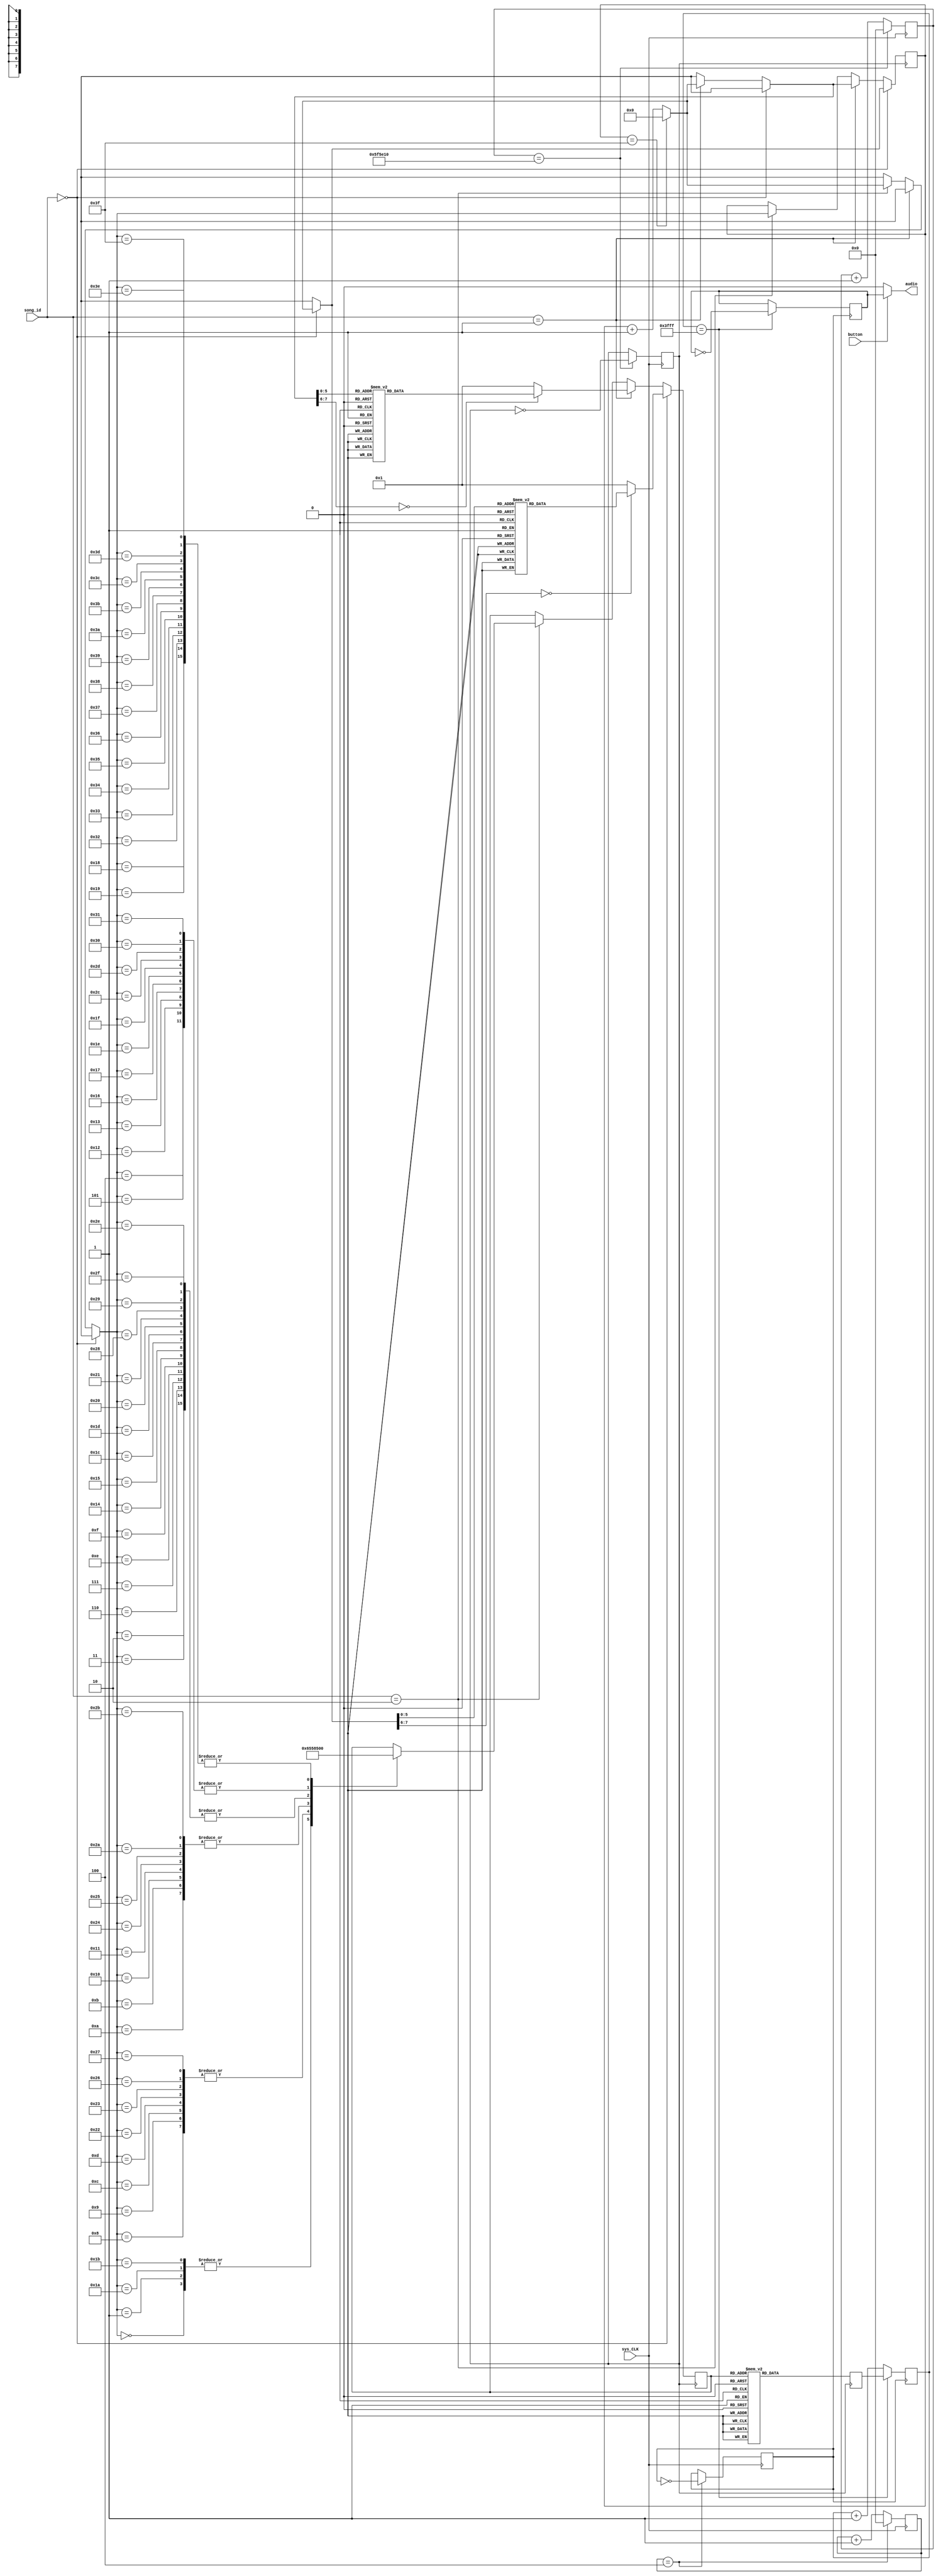
`timescale 1ns / 1ps

module songplayer ( audio , sys_CLK , button, song_id);

output    audio;
input     sys_CLK;
input     button;
input [1:0] song_id;

reg  [23:0] counter4Hz,
            counter6MHz;
reg  [13:0]  count,origin;
reg  audiof;

reg  clk_6MHz,
     clk_4Hz;

reg  [4:0]  j;
reg  [7:0]  len;


assign audio= button? audiof : 1'b0 ;  //

always @(posedge sys_CLK)              //6MHz
begin
    if(counter6MHz==4)
    begin
        counter6MHz=0;
        clk_6MHz=~clk_6MHz;
    end
    else
    begin
        counter6MHz=counter6MHz+1;
    end
end

always @(posedge sys_CLK)                 //4Hz
begin
    if(counter4Hz==6250000)              
    begin
        counter4Hz=0;
        clk_4Hz=~clk_4Hz;
    end
    else
    begin
        counter4Hz=counter4Hz+1;
    end
end


always @(posedge clk_6MHz)
begin
    if(count==16383)    
    begin
        count=origin;
        audiof=~audiof;
    end
    else
        count=count+1;
end


always @(posedge clk_4Hz)       
begin
     case(j)
    'd1:origin='d4916;  //low
    'd2:origin='d6168;
    'd3:origin='d7281;
    'd4:origin='d7791;
    'd5:origin='d8730;
    'd6:origin='d9565;
    'd7:origin='d10310;
    'd8:origin='d010647;  //middle
    'd9:origin='d011272;
    'd10:origin='d011831;
    'd11:origin='d012087;
    'd12:origin='d012556;
    'd13:origin='d012974;
    'd14:origin='d013346;
    'd15:origin='d13516;  //high
    'd16:origin='d13829;
    'd17:origin='d14108;
    'd18:origin='d11535;
    'd19:origin='d14470;
    'd20:origin='d14678;
    'd21:origin='d14864;
    default:origin='d016383; // try to modify
    endcase             
end

always @(posedge clk_4Hz)  //
begin

if(song_id==0) begin
     if(len==63)
        len=0;
    else
        len=len+1;
    case(len)
0:j=19;
    1:j=18;
    2:j=13;
    3:j=13;
    4:j=14;
    5:j=14;
    6:j=18;
    7:j=17;
    8:j=11;
    9:j=11;
    10:j=12;
    11:j=12;
    12:j=16;
    13:j=15;
    14:j=10;
    15:j=10;
    16:j=12;
    17:j=12;
    18:j=15;
    19:j=15;
    20:j=19;
    21:j=18;
    22:j=13;
    23:j=13;
    24:j=14;
    25:j=14;
    26:j=18;
    27:j=17;
    28:j=11;
    29:j=11;
    30:j=12;
    31:j=12;
    32:j=16;
    33:j=15;
    34:j=10;
    35:j=10;
    36:j=12;
    37:j=12;
    38:j=15;
    39:j=15;
    40:j=19;
    41:j=18;
    42:j=13;
    43:j=13;
    44:j=14;
    45:j=14;
    46:j=18;
    47:j=17;
    48:j=11;
    49:j=11;
    50:j=12;
    51:j=12;
    52:j=16;
    53:j=15;
    54:j=10;
    55:j=10;
    56:j=12;
    57:j=12;
    58:j=15;
    59:j=15;
    60:j=0;
    61:j=0;
    62:j=0;
    63:j=0;
    default:j=1;
    endcase
end else if (song_id==1) begin
     if(len==63)
   len=0;
else
   len=len+1;
case(len)
0:j=8;
1:j=8;
2:j=9;
3:j=9;
4:j=10;
5:j=10;
6:j=8;
7:j=8;
8:j=8;
9:j=8;
10:j=9;
11:j=9;
12:j=10;
13:j=10;
14:j=8;
15:j=8;
16:j=10;
17:j=10;
18:j=11;
19:j=11;
20:j=12;
21:j=12;
22:j=12;
23:j=12;
24:j=10;
25:j=10;
26:j=11;
27:j=11;
28:j=12;
29:j=12;
30:j=12;
31:j=12;
32:j=12;
33:j=13;
34:j=12;
35:j=11;
36:j=10;
37:j=10;
38:j=8;
39:j=8;
40:j=12;
41:j=13;
42:j=12;
43:j=11;
44:j=10;
45:j=10;
46:j=8;
47:j=8;
48:j=8;
49:j=8;
50:j=12;
51:j=12;
52:j=8;
53:j=8;
54:j=8;
55:j=8;
56:j=8;
57:j=8;
58:j=12;
59:j=12;
60:j=8;
61:j=8;
62:j=8;
63:j=8;
default:j=1;
endcase
end else if (song_id==2) begin // updated at 12/26 00:51
     if(len==63)
   len=0;
else
   len=len+1;
case(len)

0:j=3;
1:j=3;
2:j=1;
3:j=1;
4:j=8;
5:j=8;
6:j=1;
7:j=1;
8:j=5;
9:j=5;
10:j=11;
11:j=11;
12:j=5;
13:j=5;
14:j=1;
15:j=1;
16:j=11;
17:j=11;
18:j=8;
19:j=8;
20:j=1;
21:j=1;
22:j=8;
23:j=8;
24:j=0;
25:j=0;
26:j=3;
27:j=3;
28:j=1;
29:j=1;
30:j=8;
31:j=8;
32:j=1;
33:j=1;
34:j=5;
35:j=5;
36:j=11;
37:j=11;
38:j=5;
39:j=5;
40:j=1;
41:j=1;
42:j=11;
43:j=11;
44:j=8;
45:j=8;
46:j=1;
47:j=1;
48:j=8;
49:j=8;
50:j=0;
51:j=0;
52:j=0;
53:j=0;
54:j=0;
55:j=0;
56:j=0;
57:j=0;
58:j=0;
59:j=0;
60:j=0;
61:j=0;
62:j=0;
63:j=0;

endcase

end
    
    
                
end
endmodule